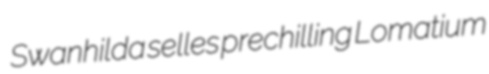
Swanhilda selles prechilling Lomatium